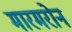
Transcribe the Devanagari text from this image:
मारमरोन